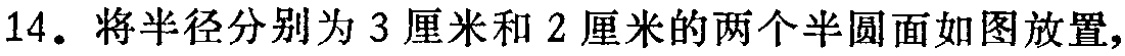
14. 将半径分别为 3 厘米和 2 厘米的两个半圆面如图放置，